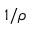
1 / \rho